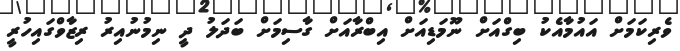
ވެރިކަމަށް އައުމާއެކު ބިގްއަށް ނޫމަޑިއަށް އިބްރާއަށް ގާސިމަށް ބަދަލު ދީ ނިމުނުއިރު ރިޒާވްގައިހުރީ